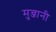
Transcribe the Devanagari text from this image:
मुन्जानी